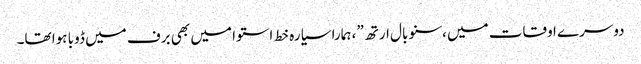
دوسرے اوقات میں ،سنو بال ارتھ”، ہمارا سیارہ خط استوا میں بھی برف میں ڈوبا ہوا تھا۔